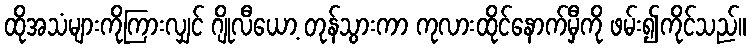
ထိုအသံများကိုကြားလျှင် ဂျိုလီယော့ တုန်သွားကာ ကုလားထိုင်နောက်မှီကို ဖမ်း၍ကိုင်သည်။